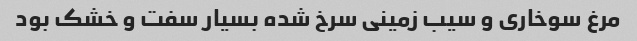
مرغ سوخاری و سیب زمینی سرخ شده بسیار سفت و خشک بود